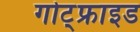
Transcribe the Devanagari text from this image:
गोट्फ्राइड